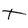
Character: t